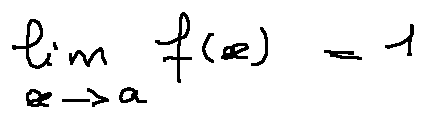
\lim \limits _ { x \rightarrow a } f ( x ) = 1